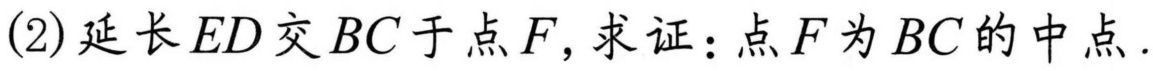
(2)延长$ED$交$BC$于点$F$, 求证：点$F$为$BC$的中点.